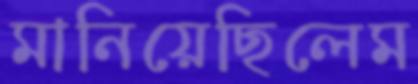
মানিয়েছিলেম